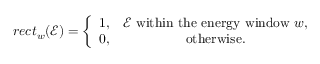
r e c t _ { w } ( \mathcal { E } ) = \left\{ \begin{array} { c c } { 1 , } & { { \mathcal { E } ~ \mathrm { w i t h i n ~ t h e ~ e n e r g y ~ w i n d o w } ~ w , } } \\ { 0 , } & { { \mathrm { o t h e r w i s e } } . } \end{array} \right.